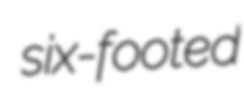
six-footed